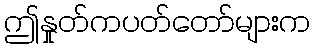
ဤနှုတ်ကပတ်တော်များက